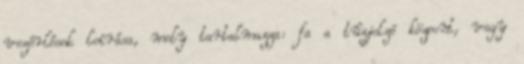
vezérlések leírása, mely tartalmazza: fa a tûzjelzõ központ, vagy